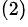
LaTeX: ^{(2)}